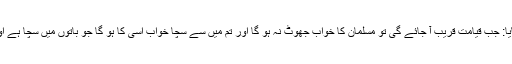
1520: سیدنا ابو ہریرہؓ نبیﷺ سے روایت کرتے ہیں کہ آپﷺ نے فرمایا: جب قیامت قریب آ جائے گی تو مسلمان کا خواب جھوٹ نہ ہو گا اور تم میں سے سچا خواب اسی کا ہو گا جو باتوں میں سچا ہے اور مسلمان کا خواب نبوت کے پینتالیس حصوں میں سے ایک حصہ ہے۔